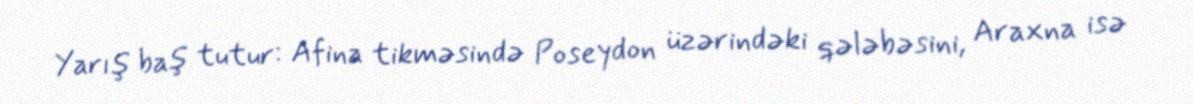
Yarış baş tutur: Afina tikməsində Poseydon üzərindəki qələbəsini, Araxna isə